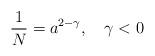
LaTeX: \begin{align*}\frac 1N = a^{2-\gamma}, \quad \gamma < 0\end{align*}